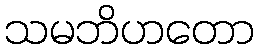
သမဘိဟတော